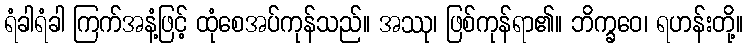
ရံခါရံခါ ကြက်အနံ့ဖြင့် ထုံစေအပ်ကုန်သည်။ အဿု၊ ဖြစ်ကုန်ရာ၏။ ဘိက္ခဝေ၊ ရဟန်းတို့။